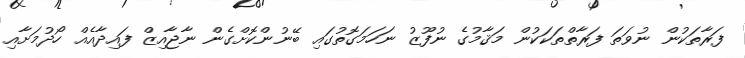
ފަރާތަކުން ނުވަތަ ފަރާތްތަކަކުން މަޤާމުގެ ނުފޫޒު ނަހަމަގޮތުގައި ބޭނުންކޮށްގެން ނާޖާއިޒް ފައިދާއެއް ހޯދުމަށާއި